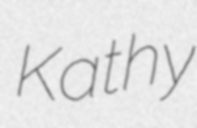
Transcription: Kathy